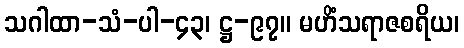
သဂါထာ-သံ-ပါ-၄၃၊ ဋ္ဌ-၉၇။ မဟိံသရာဇစရိယ၊